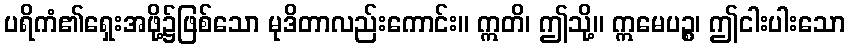
ပရိကံ၏ရှေးအဖို့၌ဖြစ်သော မုဒိတာလည်းကောင်း။ ဣတိ၊ ဤသို့။ ဣမေပဉ္စ၊ ဤငါးပါးသော